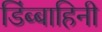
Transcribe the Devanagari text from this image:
डिंब्बाहिनी